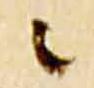
ニ